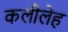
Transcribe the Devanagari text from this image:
कलीलेह